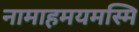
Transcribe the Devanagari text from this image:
नामाहमयमस्मि